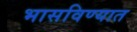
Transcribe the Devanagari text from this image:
भासविण्यात